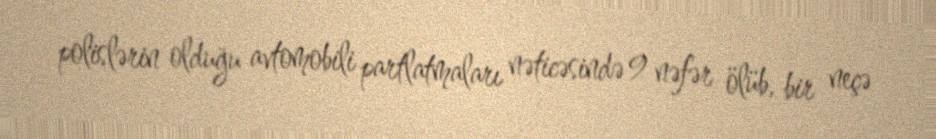
polislərin olduğu avtomobili partlatmaları nəticəsində 9 nəfər ölüb, bir neçə